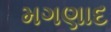
મગણાદ